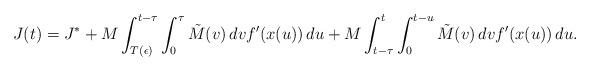
LaTeX: \begin{align*} J(t)=J^\ast+M\int_{T(\epsilon)}^{t-\tau} \int_0^{\tau} \tilde{M}(v)\,dv f'(x(u))\,du + M\int_{t-\tau}^t \int_0^{t-u} \tilde{M}(v)\,dv f'(x(u))\,du.\end{align*}